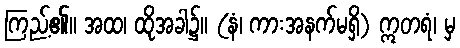
ကြည့်၏။ အထ၊ ထိုအခါ၌။ (နံ၊ ကားအနက်မရှိ) ဣတရံ၊ မှ